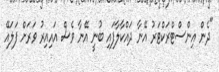
"ދެން އިންސްޓްރަކްޓަރު އޭނާ ދައްކާލާފައި ބުނީ އޭނާ ވެސް އައިއިރު ވަރަށް ފަލައޭ